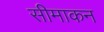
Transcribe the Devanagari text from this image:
सीमाकन